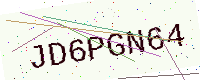
Text: JD6PGN64